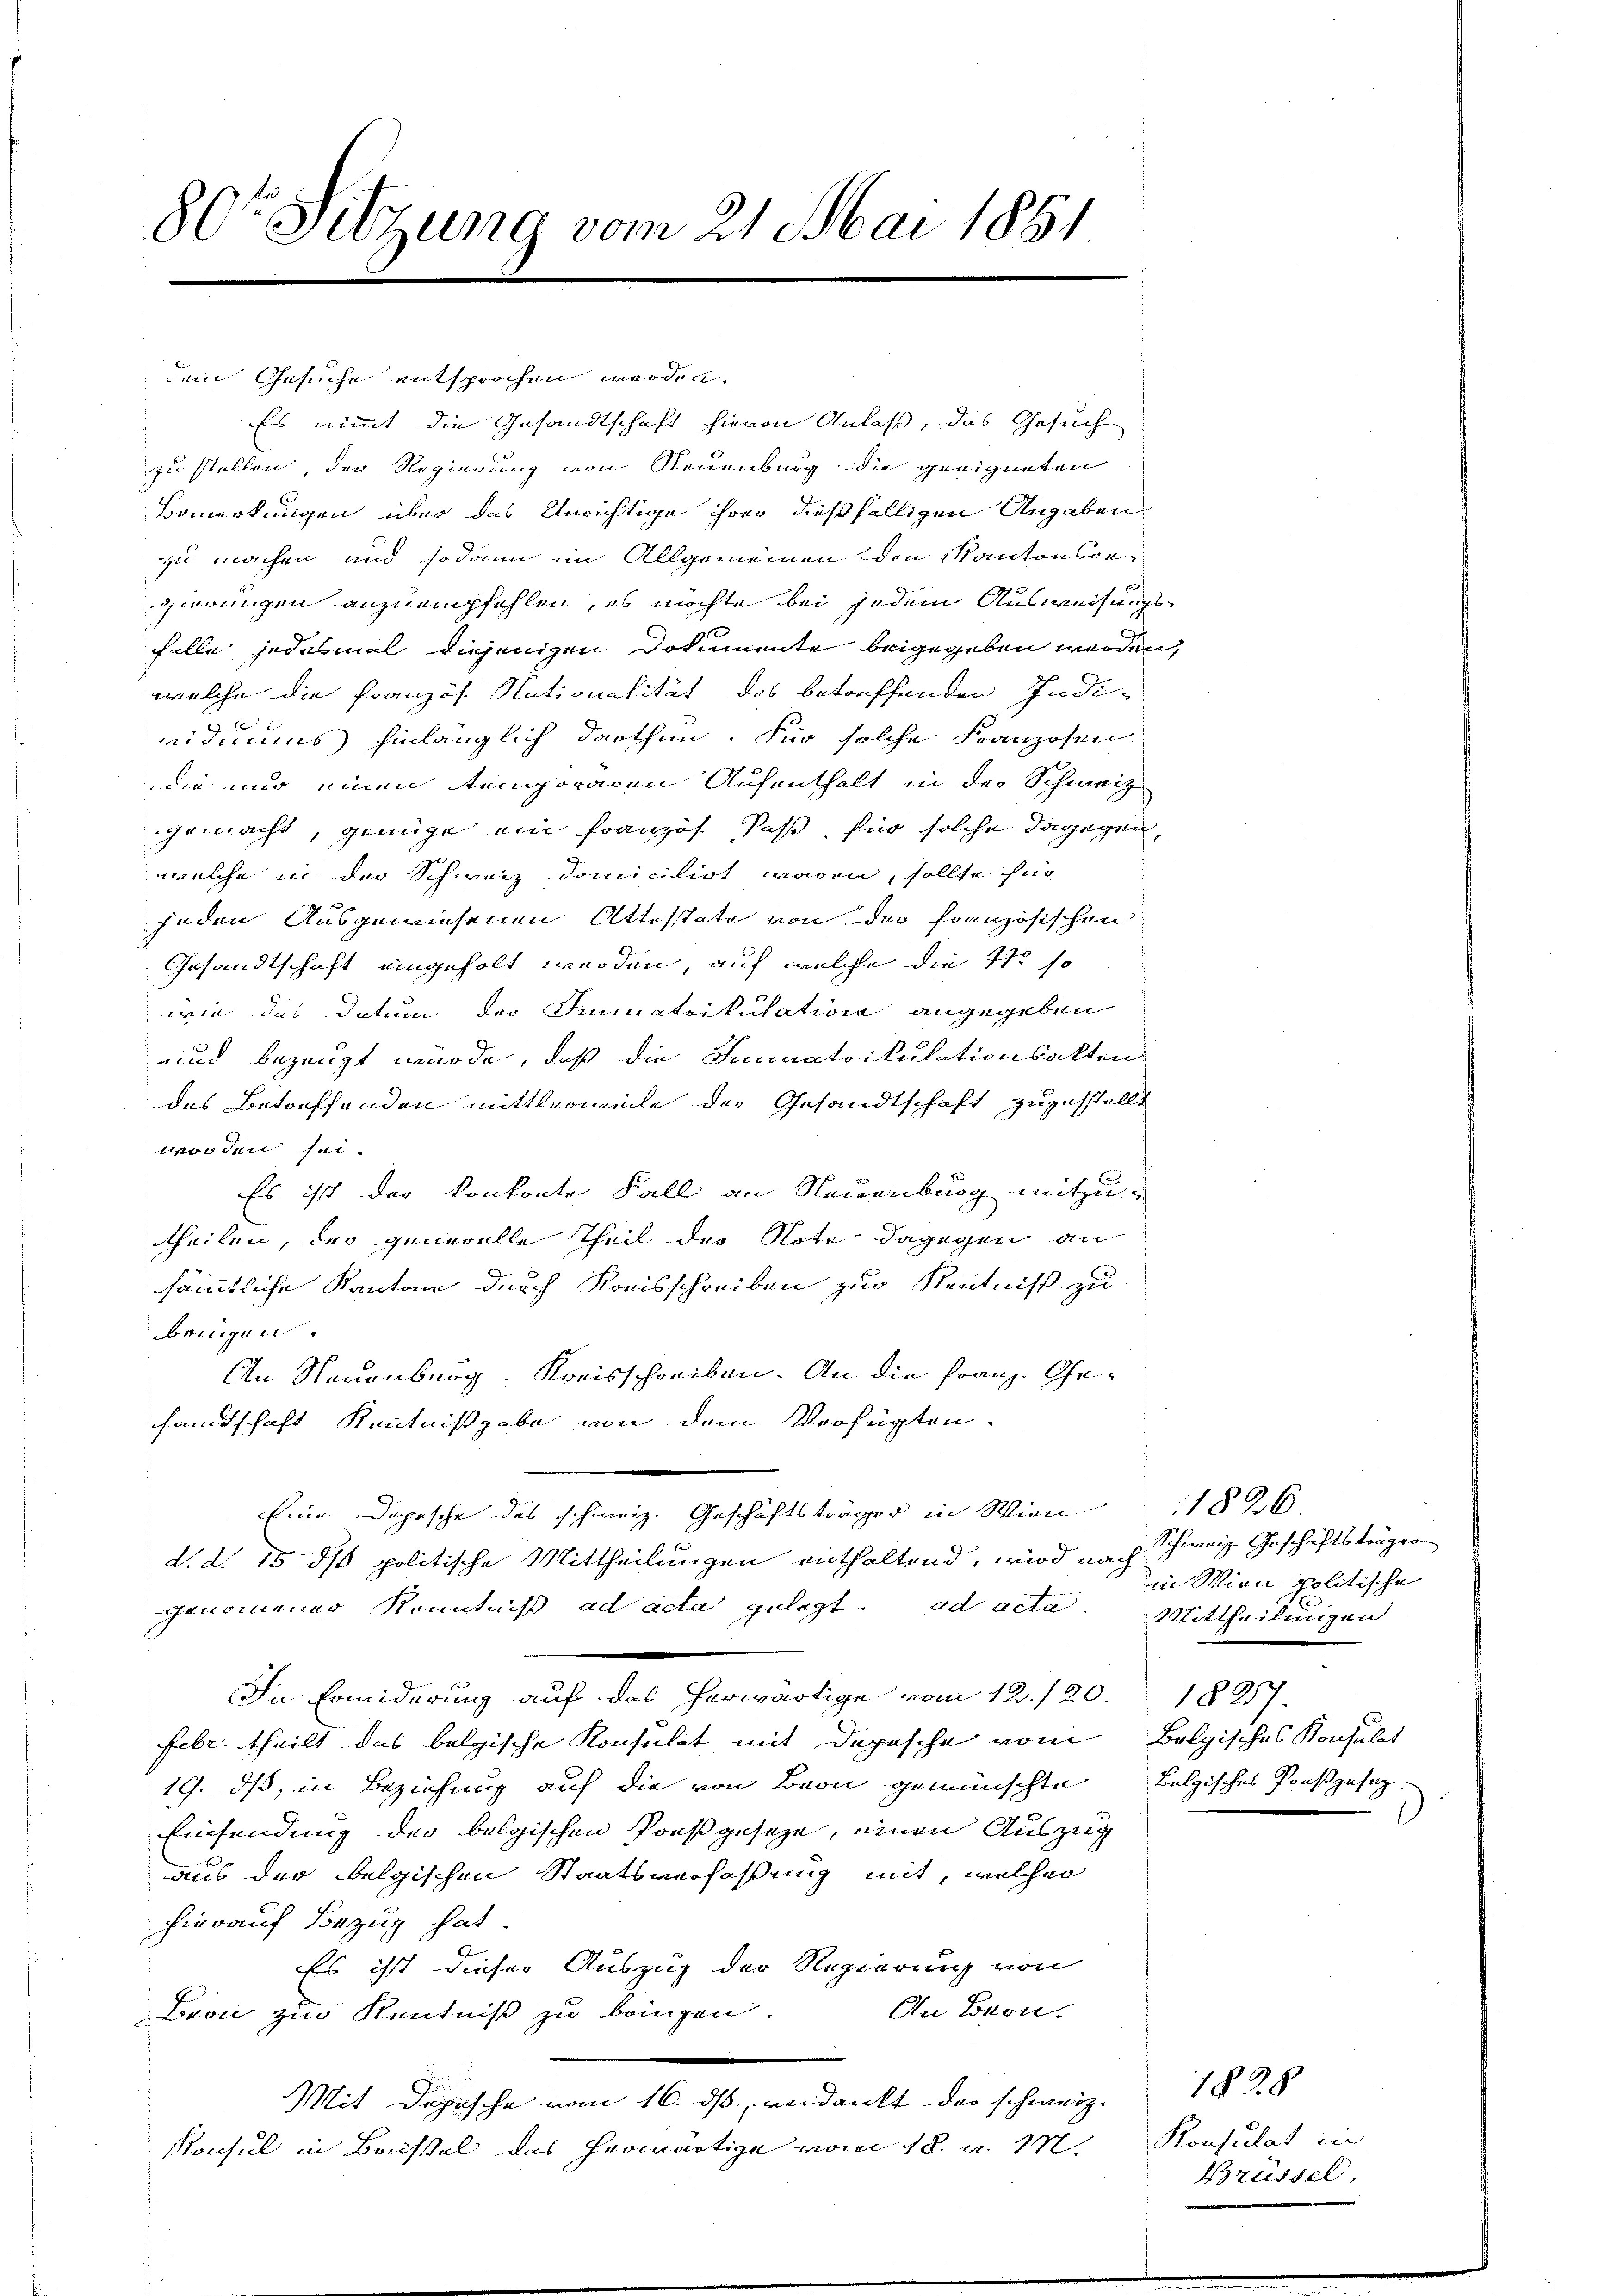
80te Sitzung vom 21. Mai 1851

dem Gesuche entsprochen werden.
zu stellen, der Regierung von Neuenburg die geeigneten
Bemerkungen über das Unrichtige ihrer dießfälligen Angaben
zu machen und sodann im Allgemeinen den Kantonsgezwungen anzuempfehlen, es möchte bei jedem Ausweisungsfelle jedesmal diejenigen Dokumente beigegeben werden,
welche die Französ. Nationalität des betreffenden Indi-
vidiens hinlänglich darthen. Für solche Franzosen
die und einen temporaten Aufenthalt in der Schweiz
gemacht, genüge ein Franzos Pass, für solche dagegen,
welche in der Schweiz domicilirt waren, sollte für
jeden Ausgewiesenen Attestate von der Französischen
Gesandtschaft eingeholt werden, auf welche die 41 so
wie das Datum der Immatrikulation angegeben
und bezeugt würde, daß die Immatrikulationsakten
des Betreffenden mittlermeile der Gesandtschaft zuzustellt
worden sei.
Es ist der Konkonte Fall an Neuenburg mitzu-
theilen, der generelle Theil der Note dagegen an
sämmtliche Kantone durch Kreisschreiben zur Kenntniß zu
brigen.
An Neuenburg. Kreisschreiben. An die Franz. Gehandtschaft Kenntnißgabe von dem Verfügten.
Eine Depesche des schweiz. Geschäftsträger in Wien 1826.
d. d. 15 ds politische Mittheilungen enthaltend, wird nach
genommener Kenntniß ad acta gelegt. ad acta. Mittheilungen
In Erwiderung auf das herwärtige vom 12./20. 1827.
Febr. theilt das belgische Konsulat mit Depesche vom Belgisches Konsulat
19. ds, in Beziehung auf die von Bern gewünschte Bolzisches Prosgesez¬
Einsendung der belgischen Preßgeseze, einen Auszug
aus der belgischen Staatsverfaßung mit, welcher
hierauf Bezug hat.
Es ist dieser Auszug der Regierung von
An Bron.
Bron zur Kenntniß zu bringen.
Mit Depesche vom 16. ds, verdankt der schweiz.
Konsul in Bassel das herwärtige vom 18. v. M. Konsulat in

Es nimmt die Gesandtschaft hievon Anlaß, das Gesuch-

Schweiz. Geschäftsträger
in Wien politische

1828
Brüssel,

.